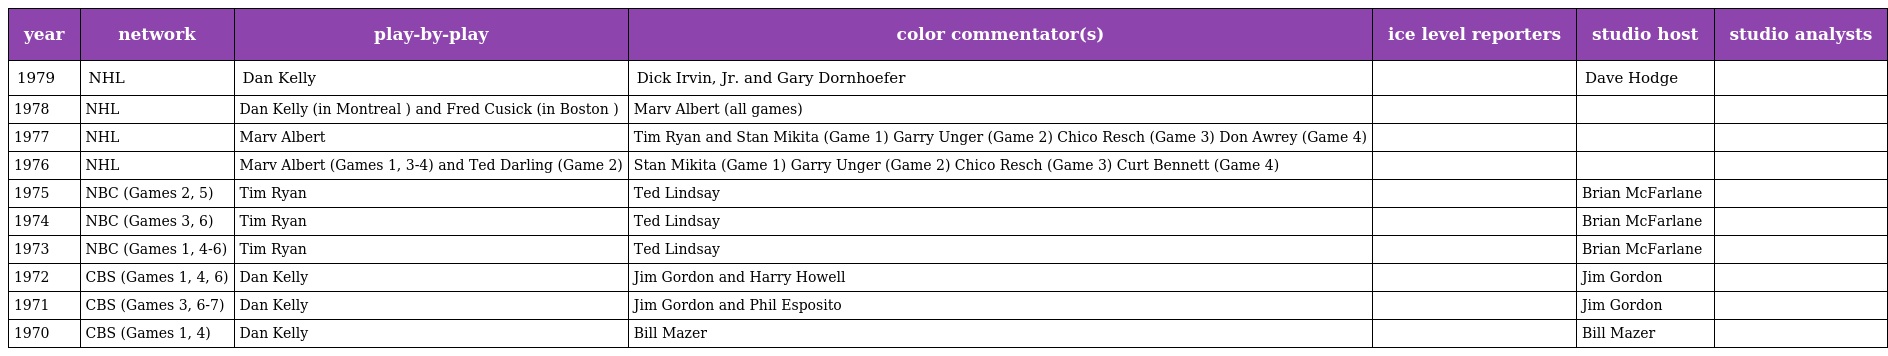
| year | network | play-by-play | color commentator(s) | ice level reporters | studio host | studio analysts |
 | --- | --- | --- | --- | --- | --- | --- |
 | 1979 | NHL | Dan Kelly | Dick Irvin, Jr. and Gary Dornhoefer |  | Dave Hodge |  |
 | 1978 | NHL | Dan Kelly (in Montreal ) and Fred Cusick (in Boston ) | Marv Albert (all games) |  |  |  |
 | 1977 | NHL | Marv Albert | Tim Ryan and Stan Mikita (Game 1) Garry Unger (Game 2) Chico Resch (Game 3) Don Awrey (Game 4) |  |  |  |
 | 1976 | NHL | Marv Albert (Games 1, 3-4) and Ted Darling (Game 2) | Stan Mikita (Game 1) Garry Unger (Game 2) Chico Resch (Game 3) Curt Bennett (Game 4) |  |  |  |
 | 1975 | NBC (Games 2, 5) | Tim Ryan | Ted Lindsay |  | Brian McFarlane |  |
 | 1974 | NBC (Games 3, 6) | Tim Ryan | Ted Lindsay |  | Brian McFarlane |  |
 | 1973 | NBC (Games 1, 4-6) | Tim Ryan | Ted Lindsay |  | Brian McFarlane |  |
 | 1972 | CBS (Games 1, 4, 6) | Dan Kelly | Jim Gordon and Harry Howell |  | Jim Gordon |  |
 | 1971 | CBS (Games 3, 6-7) | Dan Kelly | Jim Gordon and Phil Esposito |  | Jim Gordon |  |
 | 1970 | CBS (Games 1, 4) | Dan Kelly | Bill Mazer |  | Bill Mazer |  |